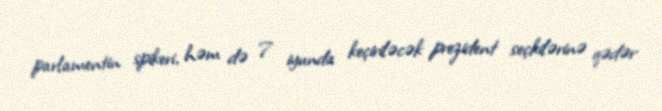
parlamentin spikeri, həm də 7 iyunda keçiriləcək prezident seçkilərinə qədər